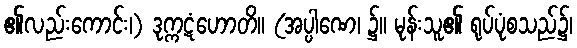
၏လည်းကောင်း၊) ဒုက္ကဋံဟောတိ။ (အပ္ပါဏေ၊ ၌။ မုန်းသူ၏ ရုပ်ပုံစသည်၌၊